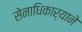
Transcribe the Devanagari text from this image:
सेनाधिकार्‍याने